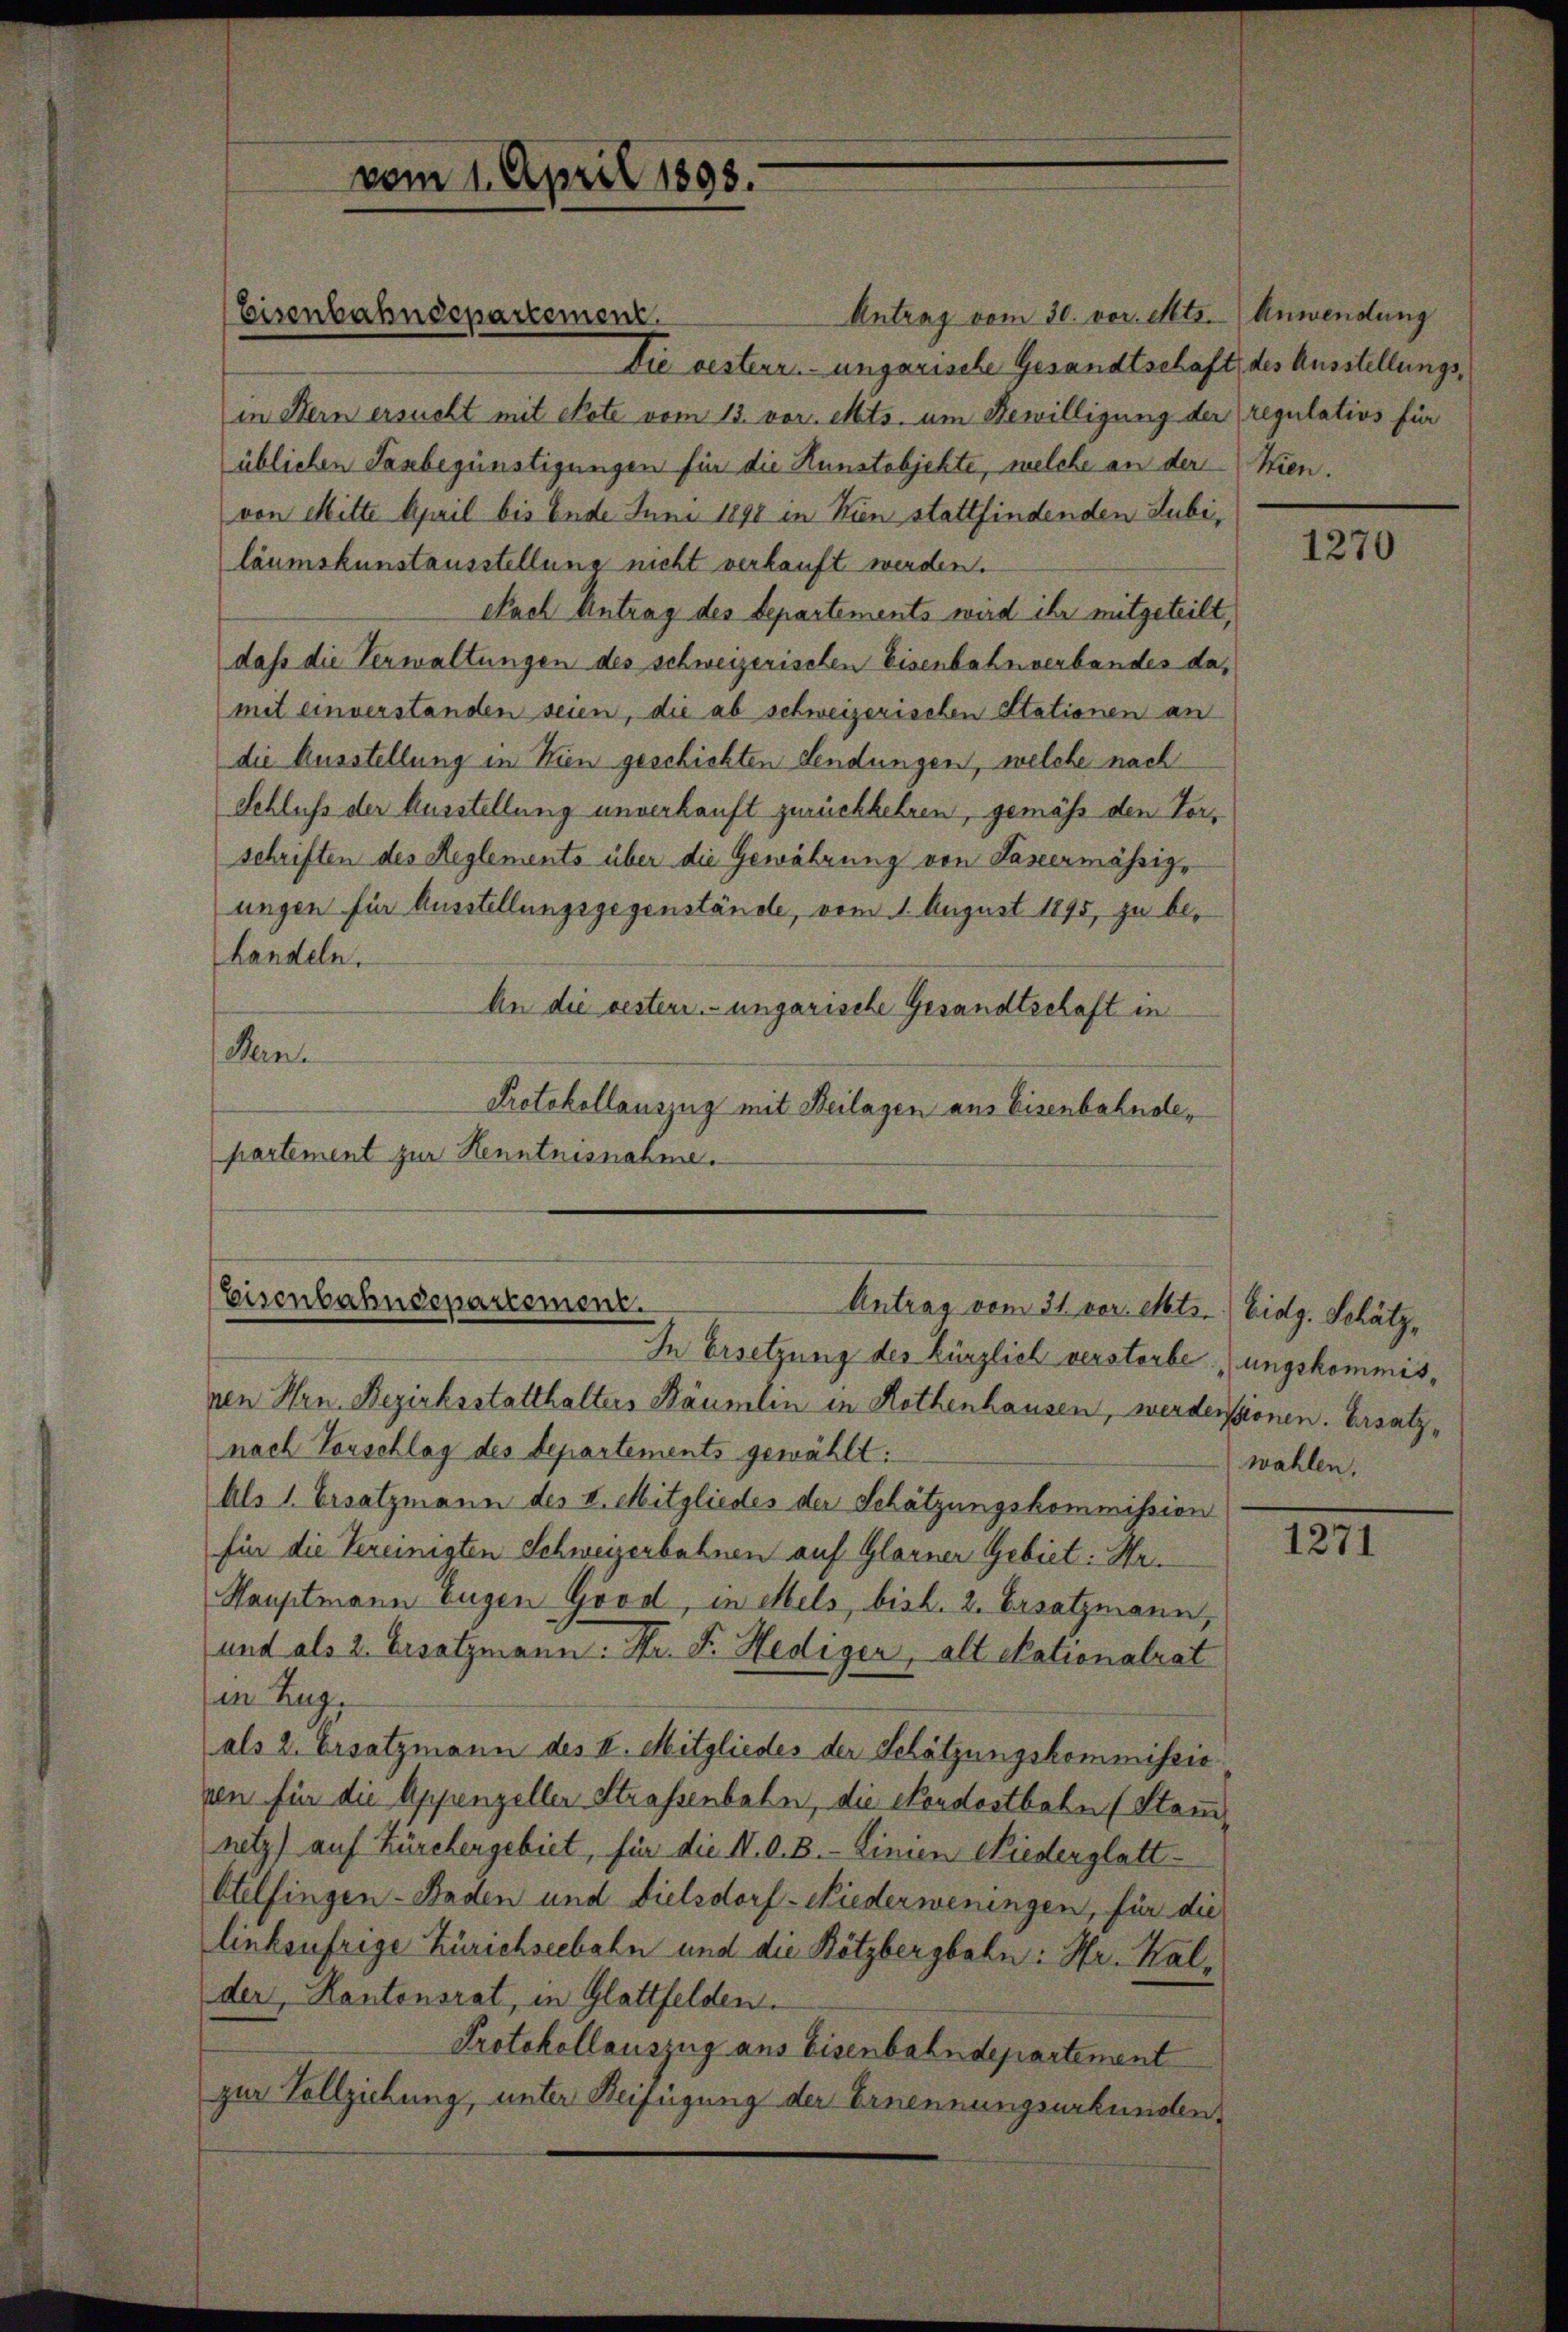
Antrag vom 30. vor. Mts. Anwendung
Die besterr.-ungarische Gesandtschaft, des Ausstellungsin Hern ersucht mit Note vom 13. vor. Mts. um Bewilligung der regulativs für
üblichen Farbegünstigungen für die Kunstobjekte, welche an der Wien.
von Mitte April bis Ende Juni 1890 in Kien stattfindenden Lubi,
läumskunstausstellung nicht verkauft werden.
Nach Antrag des Departements wird ihr mitgeteilt,
dass die Verwaltungen des schweizerischen Eisenbahnverbandes damit einverstanden seien, die ab schweizerischen Stationen an
die Ausstellung in Wien geschichten Sendungen, welche nach
Schluß der Ausstellung unverkauft zurückkehren, gemäss den Vorschriften des Reglements über die Gewährung von Lastermässig-
ungen für Ausstellungsgegenstände, vom 1. August 1895, zu be¬
Landeln.
An die resterr. ungarische Gesandtschaft in
Pan
Protokollauszug mit Beilagen aus Eisenbahndtepartement zur Kenntnisnahme.

Eisenbahndepartement

vom 1. April 1898.

Eisenbahndepartement.
Antrag vom 31. vor. Mts. Eidg. Schätz¬

In Ersetzung des Kürzlich verstorbe ungskommisnen Hrn. Bezirksstatthalters Bäumlin in Rothenhausen, werdensionen. Ersatznach Vorschlag des Departements gewählt:
Als 1. Ersatzmann des II. Mitgliedes der Schätzungskommission
für die Vereinigten Schweizerbahnen auf Glarner Gebiet: Hr.
Hauptmann Eugen Göod, in Mels, bish. 2. Ersatzmann,
und als 2. Ersatzmann. Dr. F. Hediger, alt Nationalrat
in Zug.
als 2. Ersatzmann des II. Mitgliedes der Schätzungskommissio
ven für die Appenzeller Strassenbahn, die Nordostbahn (Stannetz) auf Zürchergebiet, für die I. A. B. - Linien Niederglatt
Otelfingen - Baden und Dielsdorf-Niederweningen, für die
linksufrige Zürichseebahn und die Bötzbergbahn: Hr. Kalder, Kantonsrat, in Glattfelden.
Protokollauszug aus Eisenbahndepartement
zur Vollziehung, unter Beifügung der Ernennungsurkunden

1270

wahlen.

1271